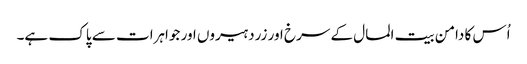
اُس کا دامن بیت المال کے سرخ اور زرد ہیروں اور جواہرات سے پاک ہے۔